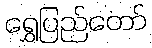
ရွှေပြည်တော်